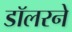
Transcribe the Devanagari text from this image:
डॉलरने